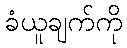
ခံယူချက်ကို